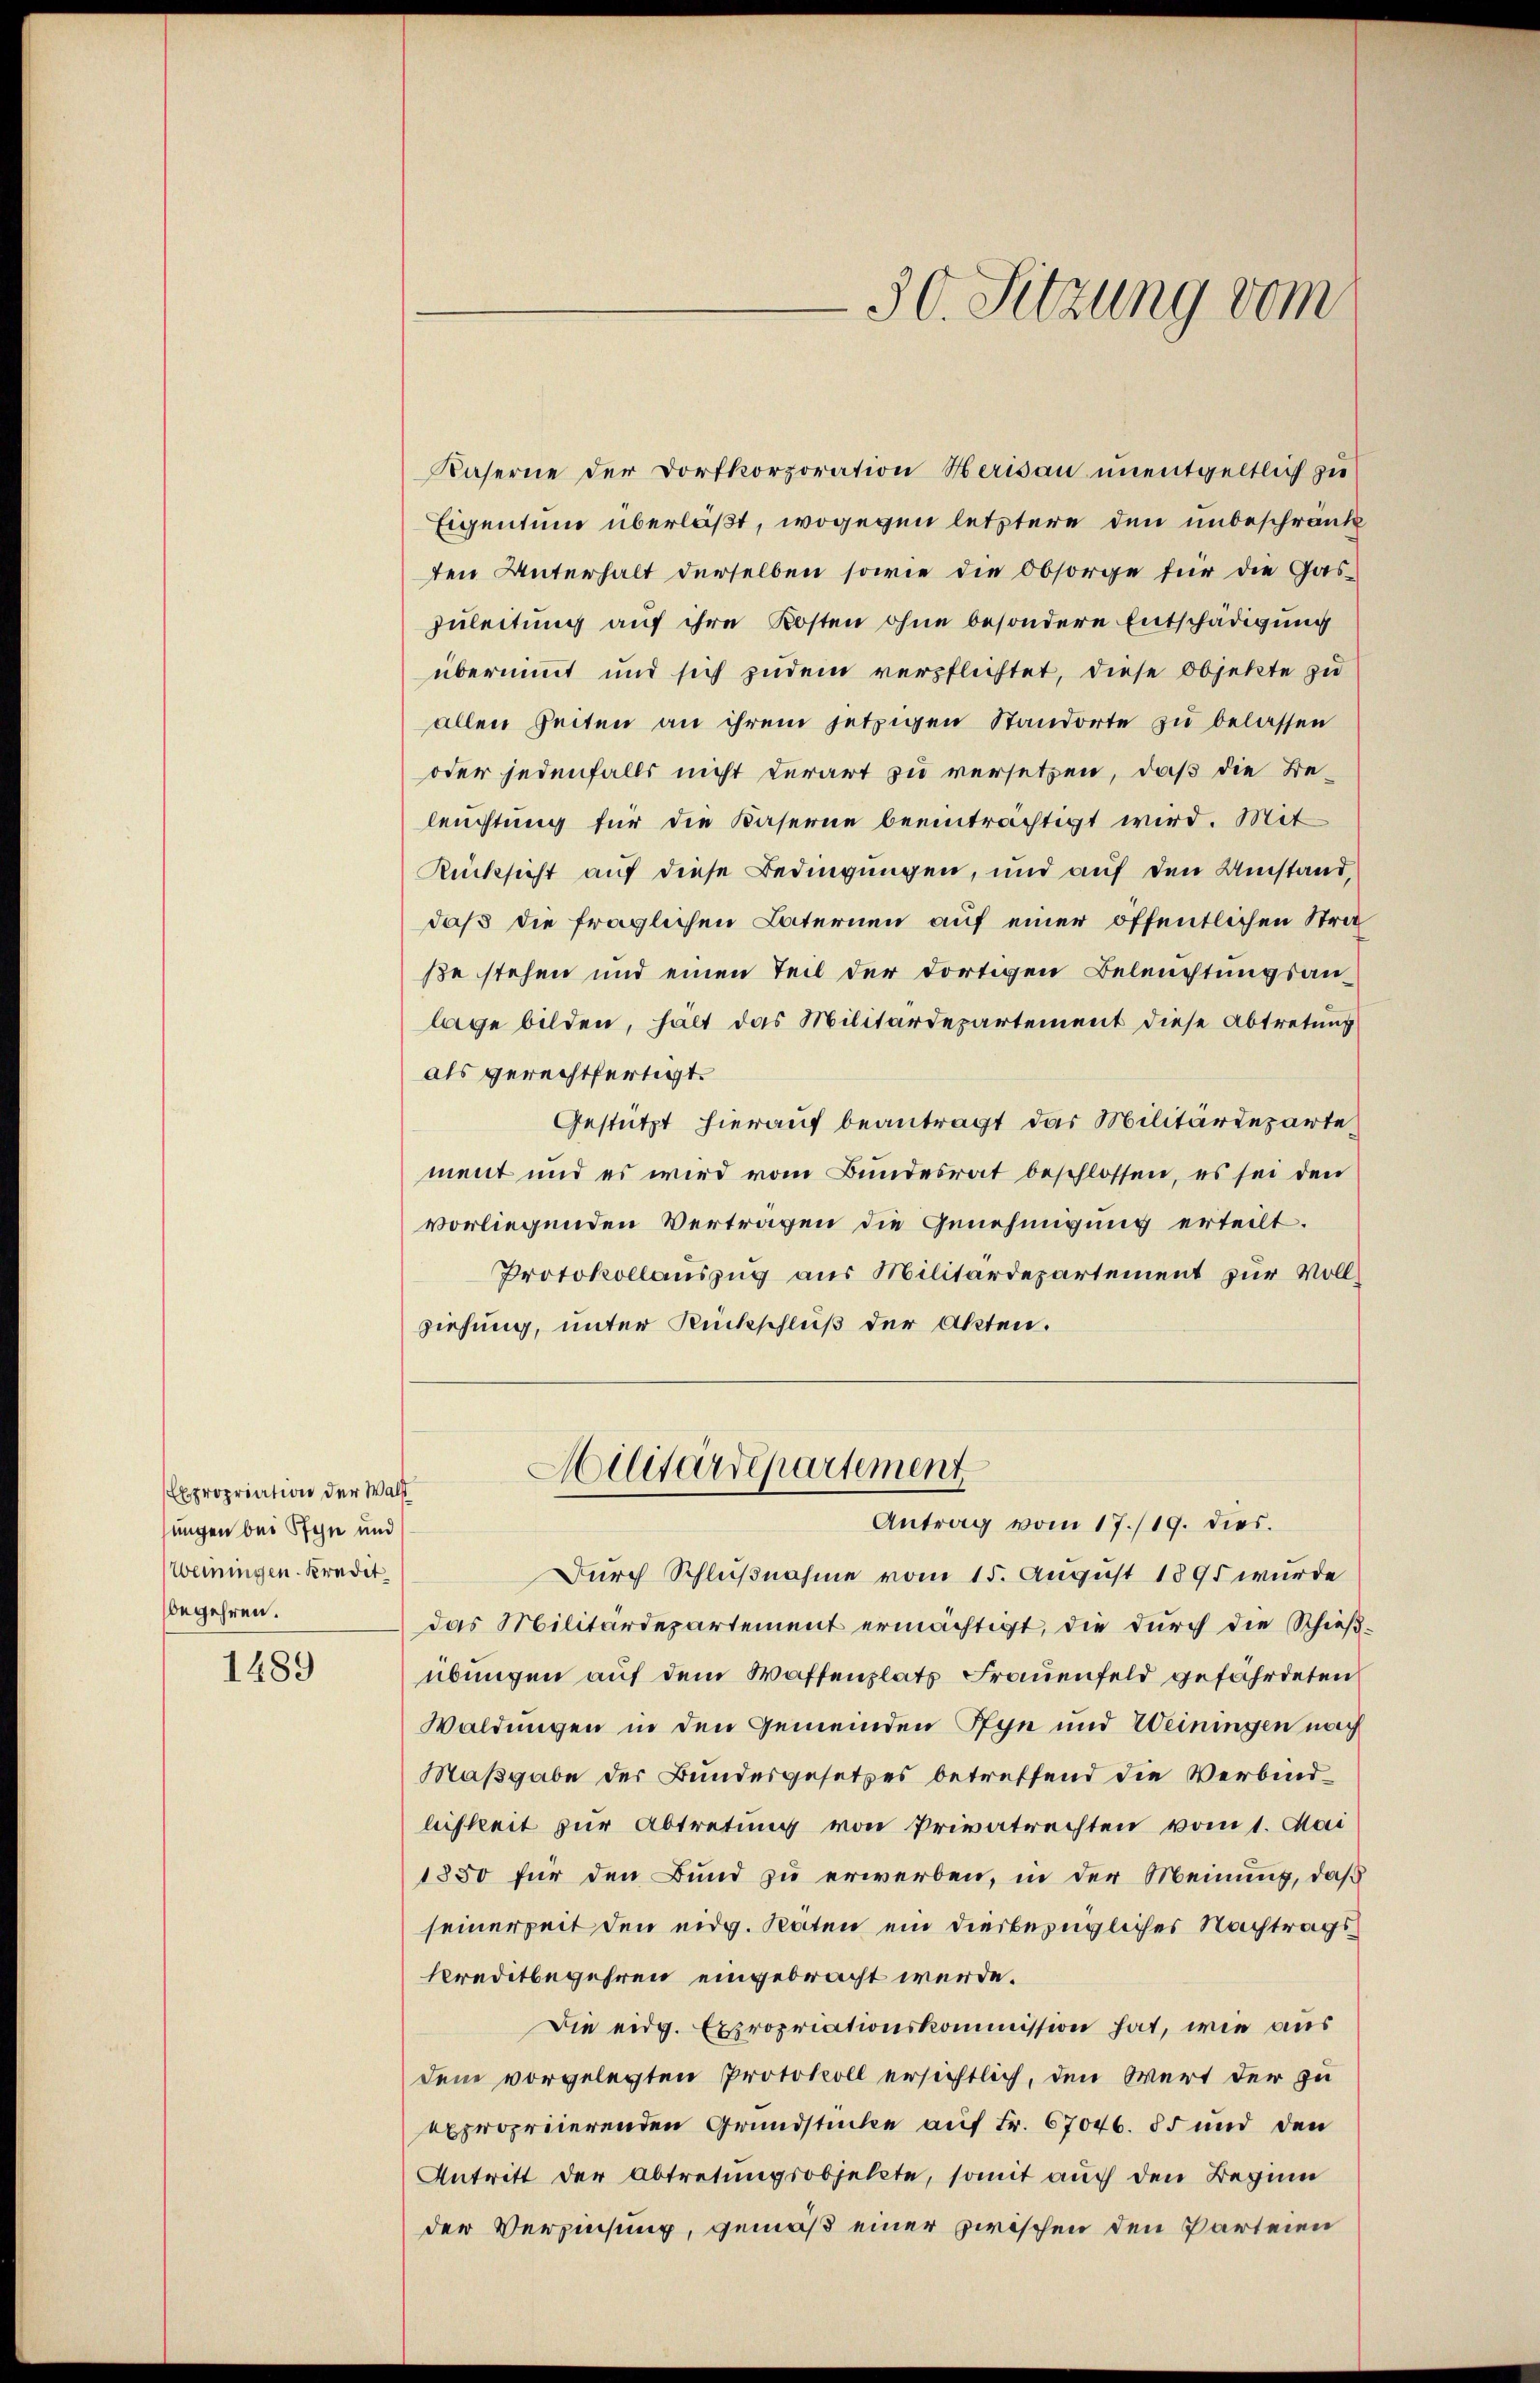
Expropriation der Walt
jungen bei Sten und
Weiningen. Kredit
begehren.
1489

30. Sitzung vom

Kaserne der Dorfkorporation Herisau unentgeltlich zu
Eigentum überläßt, wogegen letztere den unbeschränk
ten Unterhalt derselben sowie die Obsorge für die Gas¬
Zuleitung auf ihre Kosten ohne besondere Entschädigung
übernimmt und sich zudem verpflichtet, diese Objekte zu
allen Zeiten an ihrem jetzigen Standorte zu belassen
oder jedenfalls nicht derart zu versetzen, daß die Beleuchtung für die Kaserne beeinträchtigt wird. Mit
Rücksicht auf diese Bedingungen, und auf den Umstand,
daß die fraglichen Laternen auf einer öffentlichen Straße stehen und einen Teil der Fortigen Beleuchtungsanlage bilden, hält das Militärdepartement diese Abtretung
als gerechtfertigt.
Gestützt hierauf beantragt das Militärdepartement und es wird vom Bundesrat beschlossen, es sei den
vorliegenden Vertragen die Genehmigung erteilt.
Protokollauszug aus Militärdepartement zur Vollziehung, unter Rückschluß der Akten.
Allitärdepartement
Antrag vom 17./19. dies
Durch Schlußnahme vom 15. August 1891 wurde
das Militärdepartement ermächtigt, die durch die Schießübungen auf dem Waffenplatt Frauenfeld gefährdeten
Waldungen in den Gemeinden Pfyn und Weiningen nach
Maßgabe der Bundesgesetzes betreffend die Verbindliskeit zur Abtretung von Privatrechten vom 1. Mai
1850 für den Bund zu erwerben, in der Meinung, daß
seinerzeit den eidg. Räten ein diesbezügliches Nachtrags¬
Kreditbegehren eingebracht werde.
Die eidg. Expropriationskommission hat, wie aus
den vorgelegten Protokoll ersichtlich, den Wert der zu
expropriierenden Grundstücke auf Fr. 67046. 55 und den
Antritt der Abtretungsobjekte, somit auch den Beginn
der Verzinsung, gemäß einer zwischen den Parteien